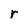
Character: r